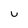
Character: u